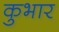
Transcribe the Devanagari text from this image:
कुभार